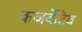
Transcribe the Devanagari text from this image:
कञर्वेटिव